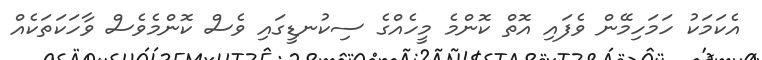
އެކަމަކު ހަމަހިމޭން ވެފައި އޮތް ކޮންމެ މީހެއްގެ ސިކުނޑީގައި ވެސް ކޮންމެވެސް ވާހަކަތަކެއް